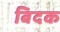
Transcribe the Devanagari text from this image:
बिदक